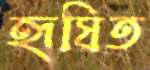
হৃষিত